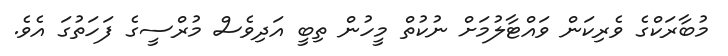
މުބާރަކްގެ ވެރިކަން ވައްޓާލުމަށް ނުކުތް މީހުން ތިބީ އަދިވެސް މުރްސީގެ ފަހަތުގަ އެވެ.